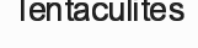
Tentaculites